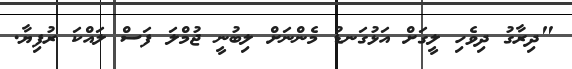
"ދިރާގު ދިވެހި ލީގަށް އަޅުގަނޑު މެންނަށް ލިބުނީ ޖުމްލަ ފަސް ލައްކަ ރުފިޔާ.